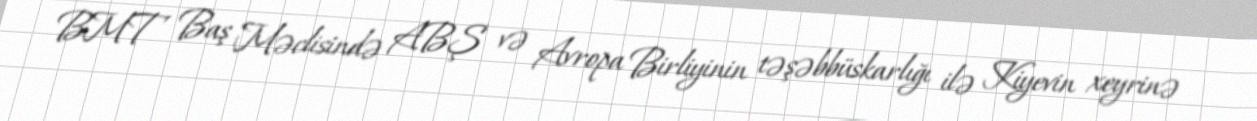
BMT Baş Məclisində ABŞ və Avropa Birliyinin təşəbbüskarlığı ilə Kiyevin xeyrinə